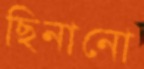
ছিনানো